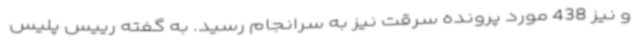
و نیز 438 مورد پرونده سرقت نیز به سرانجام رسید. به گفته رییس پلیس